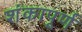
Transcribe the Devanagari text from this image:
शंकापूर्ण